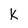
Character: k